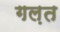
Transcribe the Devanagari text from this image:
गल़त